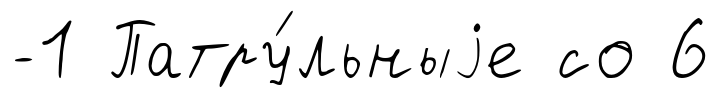
-1 Патру́льныjе со 6